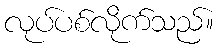
လုပ်ပစ်လိုက်သည်။